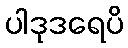
ပါဒုဒရေပိ